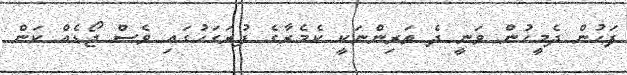
ފަހުން ދެމީހުން ވަނީ ދެ ތަރިންނަކީ ކެމެރާގެ ފުރަގަހުގައި ވެސް ޖޯޑެއް ކަން